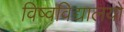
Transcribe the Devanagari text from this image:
विष्वविद्यालयों